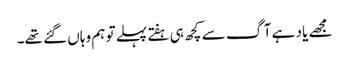
مجھے یاد ہے آگ سے کچھ ہی ہفتے پہلے تو ہم وہاں گئے تھے۔